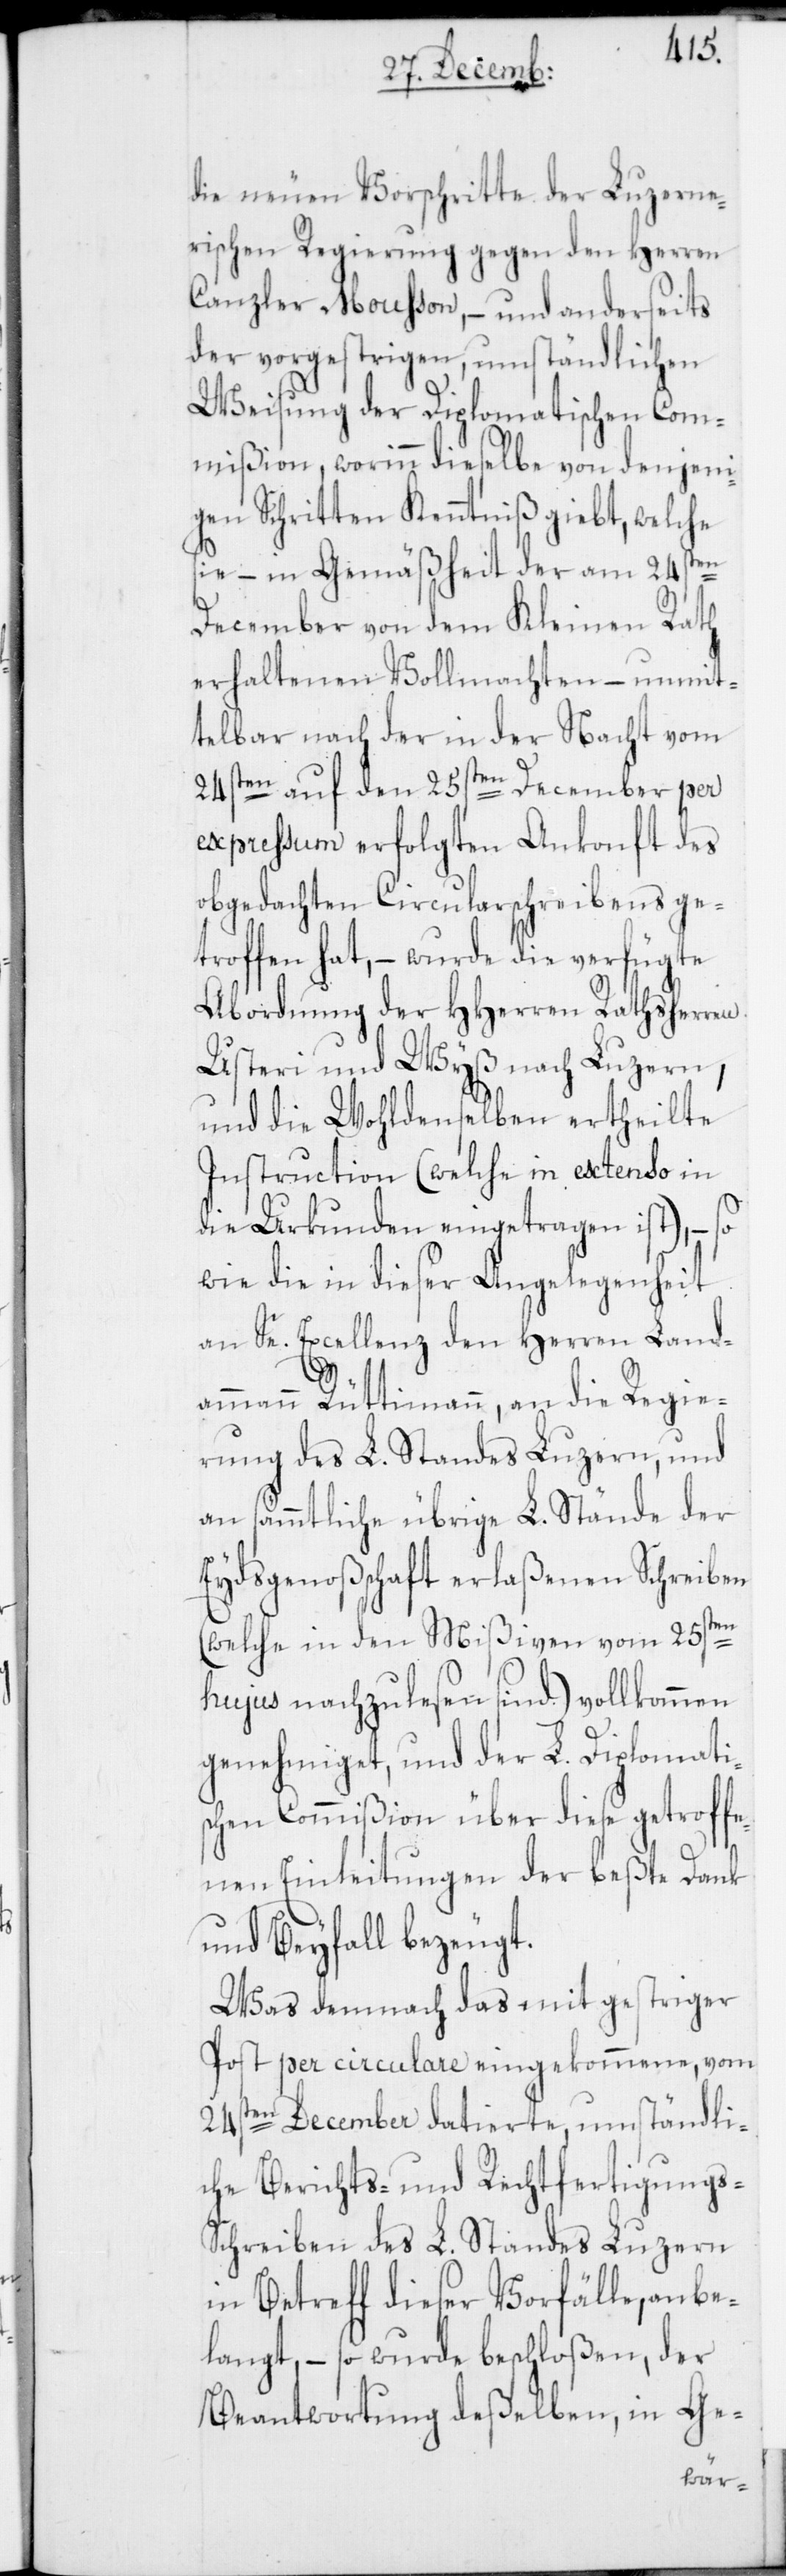
24s¬
die neuen Vorschritte der Luzerne¬
rischen Regierung gegen den Herren
Canzler Mousson, – und anderseits
der vorgestrigen umständlichen
Weisung der Diplomatischen Com¬
mißion, worinn dieselbe von denjeni¬
gen Schritten Kenntniß giebt, welche
sie – in Gemäßheit der am 24sten
December von dem Kleinen Rath
erhaltenen Vollmachten – unmit¬
telbar nach der in der Nacht vom
24sten auf den 25sten December per
expressum erfolgten Ankonft des
obgedachten Circularschreibens ge¬
troffen hat, – wurde die verfügte
Abordnung der HHerren Rathsherren
Usteri und Wyß nach Luzern,
und die Wohldenselben ertheilte
Instruction (welche in extenso in
die Urkunden eingetragen ist), – so
wie die in dieser Angelegenheit
an Se. Excellenz den Herren Landa¬
mmann Rüttimann, an die Regie¬
rung des L. Standes Luzern, und
an sämmtliche übrige L. Stände der
Eydsgenoßschaft erlaßenen Schreiben
(welche in den Mißiven vom 25sten
hujus nachzulesen sind.) vollkommen
genehmiget, und der L. Diplomati¬
schen Commißion über diese getroffe¬
nen Einleitungen der beste Dank
und Beyfall bezeugt.
Was demnach das mit gestriger
Post per circulare eingekommene, vom
ten December datierte, umständli¬
che Berichts- und Rechtfertigungs-S¬
chreiben des L. Standes Luzern
in Betreff dieser Vorfälle, anbe¬
langt, – so wurde beschloßen, der
Beantwortung deßelben, in Ge-